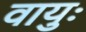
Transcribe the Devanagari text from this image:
वायुः